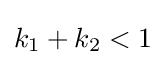
k_{1}+k_{2}<1